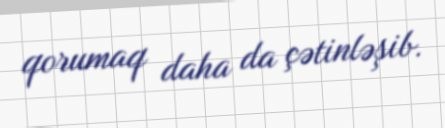
qorumaq daha da çətinləşib.